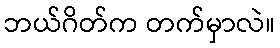
ဘယ်ဂိတ်က တက်မှာလဲ။